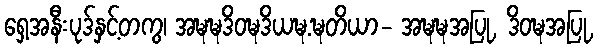
ရှေ့အနီးပုဒ်နှင့်တကွ၊ အဍ္ဎဍ္ဎဒိဝဍ္ဎဒိယဍ္ဎ.ဍ္ဎတိယာ- အဍ္ဎဍ္ဎအပြု, ဒိဝဍ္ဎအပြု,